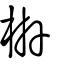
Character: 枿